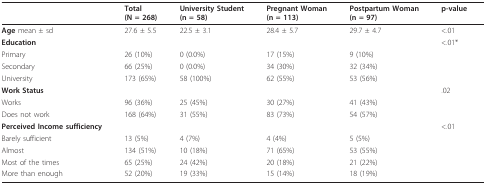
<table><thead><tr><td></td><td><b>Total(N = 268)</b></td><td><b>University Student(n = 58)</b></td><td><b>Pregnant Woman(n = 113)</b></td><td><b>Postpartum Woman(n = 97)</b></td><td><b>p-value</b></td></tr></thead><tbody><tr><td><b>Age </b>mean ± sd</td><td>27.6 ± 5.5</td><td>22.5 ± 3.1</td><td>28.4 ± 5.7</td><td>29.7 ± 4.7</td><td>&lt;.01</td></tr><tr><td><b>Education</b></td><td></td><td></td><td></td><td></td><td>&lt;.01*</td></tr><tr><td>Primary</td><td>26 (10%)</td><td>0 (0.0%)</td><td>17 (15%)</td><td>9 (10%)</td><td></td></tr><tr><td>Secondary</td><td>66 (25%)</td><td>0 (0.0%)</td><td>34 (30%)</td><td>32 (34%)</td><td></td></tr><tr><td>University</td><td>173 (65%)</td><td>58 (100%)</td><td>62 (55%)</td><td>53 (56%)</td><td></td></tr><tr><td><b>Work Status</b></td><td></td><td></td><td></td><td></td><td>.02</td></tr><tr><td>Works</td><td>96 (36%)</td><td>25 (45%)</td><td>30 (27%)</td><td>41 (43%)</td><td></td></tr><tr><td>Does not work</td><td>168 (64%)</td><td>31 (55%)</td><td>83 (73%)</td><td>54 (57%)</td><td></td></tr><tr><td><b>Perceived Income sufficiency</b></td><td></td><td></td><td></td><td></td><td>&lt;.01</td></tr><tr><td>Barely sufficient</td><td>13 (5%)</td><td>4 (7%)</td><td>4 (4%)</td><td>5 (5%)</td><td></td></tr><tr><td>Almost</td><td>134 (51%)</td><td>10 (18%)</td><td>71 (65%)</td><td>53 (55%)</td><td></td></tr><tr><td>Most of the times</td><td>65 (25%)</td><td>24 (42%)</td><td>20 (18%)</td><td>21 (22%)</td><td></td></tr><tr><td>More than enough</td><td>52 (20%)</td><td>19 (33%)</td><td>15 (14%)</td><td>18 (19%)</td><td></td></tr></tbody></table>